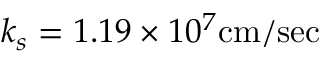
k _ { s } = 1 . 1 9 \times 1 0 ^ { 7 } \mathrm { c m / s e c }